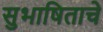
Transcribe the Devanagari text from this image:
सुभाषिताचे